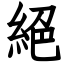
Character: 絕